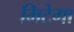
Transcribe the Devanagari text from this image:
मिटेगा